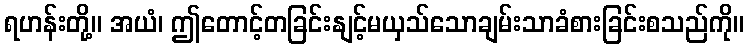
ရဟန်းတို့။ အယံ၊ ဤတောင့်တခြင်းနျင့်မယှသ်သောချမ်းသာခံစားခြင်းစသည်ကို။